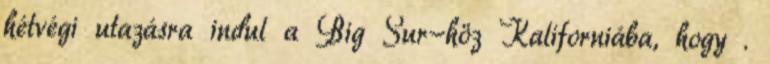
hétvégi utazásra indul a Big Sur-höz Kaliforniába, hogy .